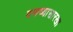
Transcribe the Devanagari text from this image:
वणव्यासारखा